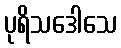
ပုရိသဒေါသေ